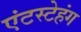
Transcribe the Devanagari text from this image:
एंटस्टेहंग